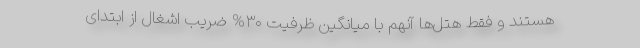
هستند و فقط هتل‌ها آنهم با میانگین ظرفیت ۳۰% ضریب اشغال از ابتدای